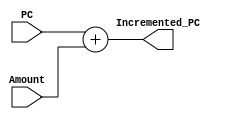
module PC_Adder(
    input [31:0] PC,
    input [31:0] Amount,
    output [31:0] Incremented_PC
);
assign Incremented_PC = PC + Amount;
    
endmodule